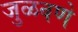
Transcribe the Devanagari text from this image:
जुळवणे